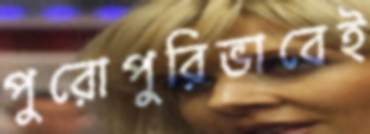
পুরোপুরিভাবেই